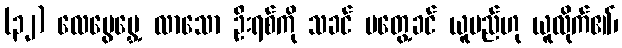
(၃၂) လေပွေမွှေ့ လာသော ဦးရစ်ကို သခင် မတွေ့ခင် ယူမည်ဟု ယူလိုက်၏၊